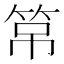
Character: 𱷹